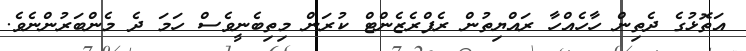
އަތޮޅުގެ ދެތިން ހާހެއްހާ ރައްޔިތުން ރެފްރެޒެންޓް ކުރަން މިތިބެނީވެސް ހަމަ ދެ މެންބަރުންނެވެ.